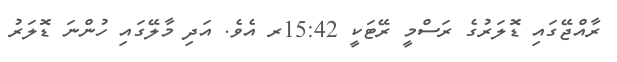
ރާއްޖޭގައި ޑޮލަރުގެ ރަސްމީ ރޭޓަކީ 15:42ރ އެވެ. އަދި މާލޭގައި ހުންނަ ޑޮލަރު